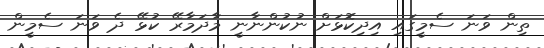
ތިން ވަނަ ސެމީގައި އިދިކޮޅަށް ނުކުންނާނީ މާދަމާރޭ ކުޅޭ ދެ ވަނަ ސެމީން